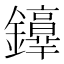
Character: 𨯢